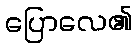
ပြောလေ၏